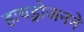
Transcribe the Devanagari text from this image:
हायड्रोजनने